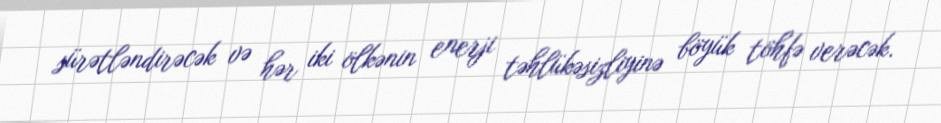
sürətləndirəcək və hər iki ölkənin enerji təhlükəsizliyinə böyük töhfə verəcək.